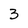
Character: 3